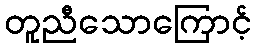
တူညီသောကြောင့်